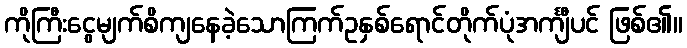
ကိုကြီးငွေမျက်စိကျနေခဲ့သောကြက်ဥနှစ်ရောင်တိုက်ပုံအင်္ကျီပင် ဖြစ်၏။